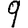
Digit: 9